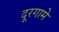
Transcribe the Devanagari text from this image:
दूरगामे